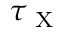
\tau _ { \mathrm { ~ X ~ } }